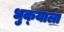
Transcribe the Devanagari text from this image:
धुक्‍याला